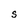
Character: S